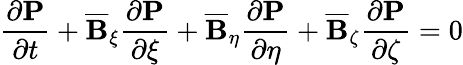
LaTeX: \frac{\partial\mathbf{P}}{\partial t}+\overline{{\mathbf{B}}}_{\xi}\frac{\partial\mathbf{P}}{\partial\xi}+\overline{{\mathbf{B}}}_{\eta}\frac{\partial\mathbf{P}}{\partial\eta}+\overline{{\mathbf{B}}}_{\zeta}\frac{\partial\mathbf{P}}{\partial\zeta}=0